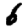
Digit: 6